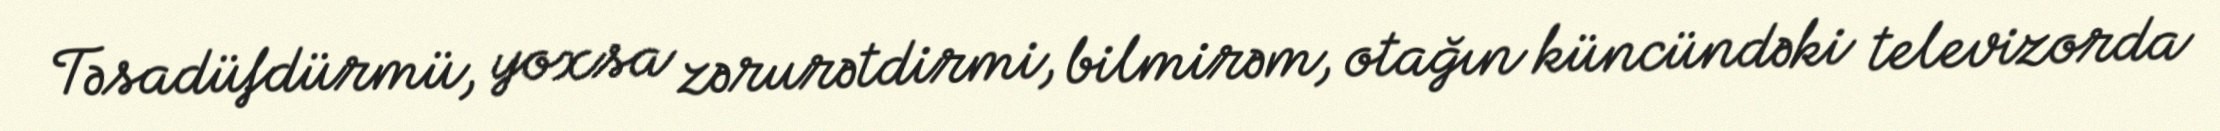
Təsadüfdürmü, yoxsa zərurətdirmi, bilmirəm, otağın küncündəki televizorda